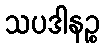
သပဒါနဉ္စ